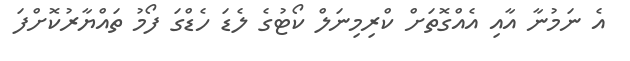
އެ ނަމުނާ އާއި އެއްގޮތަށް ކްރިމިނަލް ކޯޓުގެ ލެޑަ ހެޑްގަ ފޯމު ތައްޔާރުކޮށްފަ